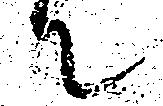
て